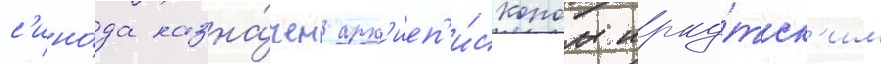
с'ино́да назна́чен арх'иеп'и́скопом ирку́тск'им